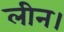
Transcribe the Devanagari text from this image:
लीन।